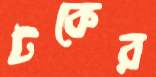
টকের